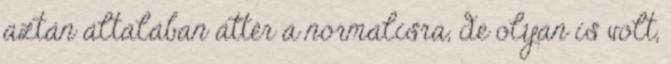
aztán általában áttér a normalisra, de olyan is volt,